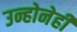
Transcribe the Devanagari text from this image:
उन्होनेही